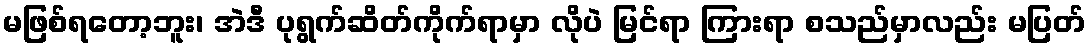
မဖြစ်ရတော့ဘူး၊ အဲဒီ ပုရွက်ဆိတ်ကိုက်ရာမှာ လိုပဲ မြင်ရာ ကြားရာ စသည်မှာလည်း မပြတ်